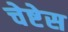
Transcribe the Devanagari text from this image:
चेष्टेस